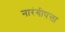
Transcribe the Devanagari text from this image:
नारंगीपत्ता